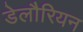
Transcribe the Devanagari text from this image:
डेलौरियन